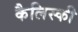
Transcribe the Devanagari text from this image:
कैलिस्की